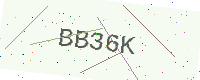
Text: BB36K